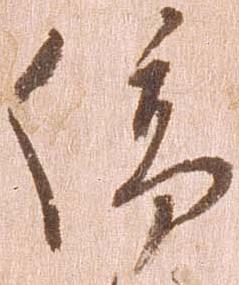
停